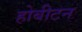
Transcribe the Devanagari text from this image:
होबीटन